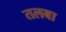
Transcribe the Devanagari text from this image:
तलबा